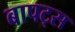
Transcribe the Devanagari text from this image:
बापट्स